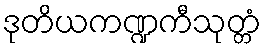
ဒုတိယကဏ္ဍကီသုတ္တံ